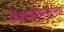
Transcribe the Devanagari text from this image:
विद्यापीठाकरिता